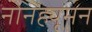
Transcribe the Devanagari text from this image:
नोनह्यूमन